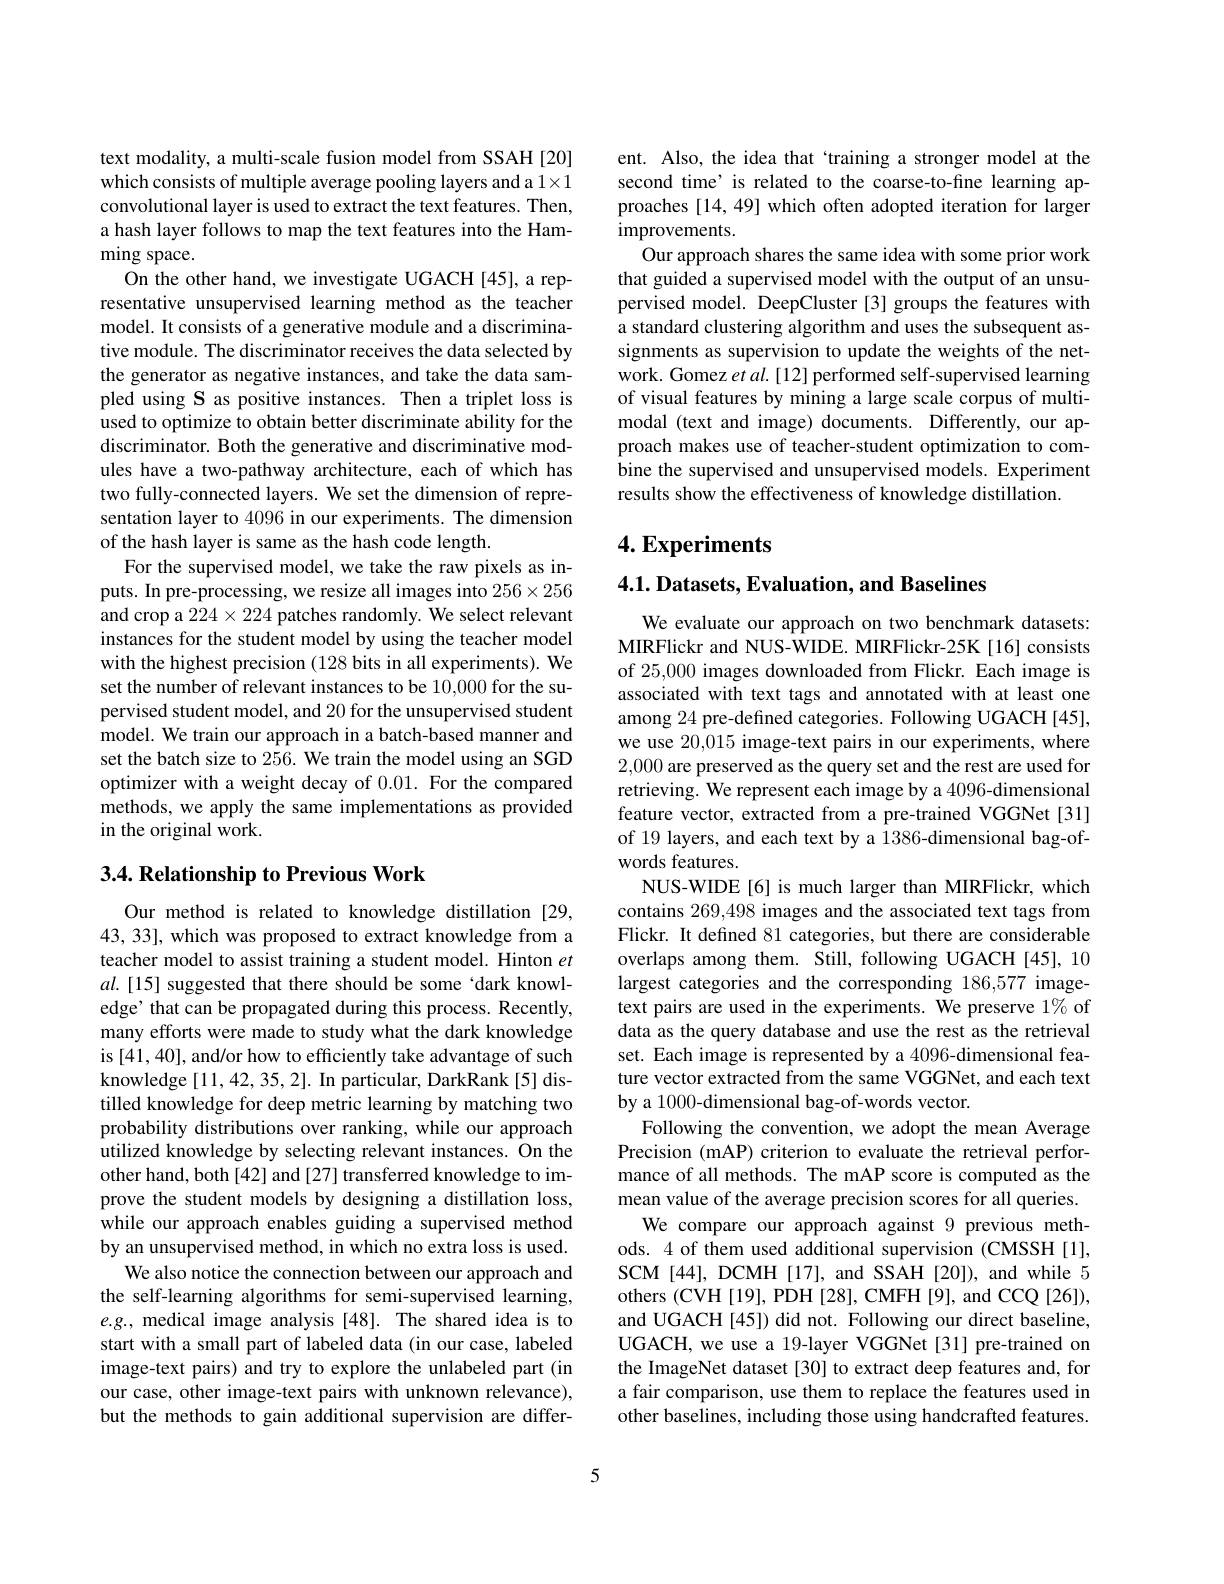
text modality, a multi-scale fusion model from SSAH[20] which consists of multiple average pooling layers and a 1×1 convolutional layer is used to extract the text features. Then, a hash layer follows to map the text features into the Hamming space.
On the other hand, we investigate UGACH [45], a representative unsupervised learning method as the teacher model. It consists of a generative module and a discriminative module. The discriminator receives the data selected by the generator as negative instances, and take the data sampled using S as positive instances. Then a triplet loss is used to optimize to obtain better discriminate ability for the discriminator. Both the generative and discriminative modules have a two-pathway architecture, each of which has two fully-connected layers. We set the dimension of representation layer to 4096 in our experiments. The dimension of the hash layer is same as the hash code length.
For the supervised model, we take the raw pixels as inputs. In pre-processing, we resize all images into $256\times256$ and crop a $224\times224$ patches randomly. We select relevant instances for the student model by using the teacher model with the highest precision (128 bits in all experiments). We set the number of relevant instances to be 10,000 for the supervised student model, and 20 for the unsupervised student model. We train our approach in a batch-based manner and set the batch size to 256. We train the model using an SGD optimizer with a weight decay of 0.01. For the compared methods, we apply the same implementations as provided in the original work.

## 3.4. Relationship to Previous Work

Our method is related to knowledge distillation [29, 43, 33], which was proposed to extract knowledge from a teacher model to assist training a student model. Hinton $et$ $al.[15]$ suggested that there should be some‘dark knowledge' that can be propagated during this process. Recently, many efforts were made to study what the dark knowledge is [41, 40], and/or how to efficiently take advantage of such knowledge[11,42,35,2]. In particular, DarkRank[5] distilled knowledge for deep metric learning by matching two probability distributions over ranking, while our approach utilized knowledge by selecting relevant instances. On the other hand, both [42] and [27] transferred knowledge to improve the student models by designing a distillation loss, while our approach enables guiding a supervised method by an unsupervised method, in which no extra loss is used.
We also notice the connection between our approach and the self-learning algorithms for semi-supervised learning, $e.g.$, medical image analysis[48]. The shared idea is to start with a small part of labeled data (in our case, labeled image-text pairs) and try to explore the unlabeled part (in our case, other image-text pairs with unknown relevance), but the methods to gain additional supervision are differ-

ent. Also, the idea that `training a stronger model at the second time’is related to the coarse-to-fine learning approaches [14, 49] which often adopted iteration for larger improvements.
Our approach shares the same idea with some prior work that guided a supervised model with the output of an unsupervised model. DeepCluster[3] groups the features with a standard clustering algorithm and uses the subsequent assignments as supervision to update the weights of the network. Gomez et al. [12] performed self-supervised learning of visual features by mining a large scale corpus of multimodal (text and image) documents. Differently, our approach makes use of teacher-student optimization to combine the supervised and unsupervised models. Experiment results show the effectiveness of knowledge distillation.

## $4. \textbf{Experiments}$

## 4.1. Datasets, Evaluation, and Baselines

We evaluate our approach on two benchmark datasets: MIRFlickr and NUS-WIDE. MIRFlickr-25K[16] consists of 25,000 images downloaded from Flickr. Each image is associated with text tags and annotated with at least one among 24 pre-defined categories. Following UGACH [45], we use 20,015 image-text pairs in our experiments, where 2,000 are preserved as the query set and the rest are used for retrieving. We represent each image by a 4096-dimensional feature vector, extracted from a pre-trained VGGNet[31] of 19 layers, and each text by a 1386-dimensional bag-ofwords features.
NUS-WIDE[6] is much larger than MIRFlickr, which contains 269,498 images and the associated text tags from Flickr. It defined 81 categories, but there are considerable overlaps among them. Still, following UGACH[45], 10 largest categories and the corresponding 186,577 imagetext pairs are used in the experiments. We preserve 1% of data as the query database and use the rest as the retrieval set. Each image is represented by a 4096-dimensional feature vector extracted from the same VGGNet, and each text by a 1000-dimensional bag-of-words vector.
Following the convention, we adopt the mean Average Precision (mAP) criterion to evaluate the retrieval performance of all methods. The mAP score is computed as the mean value of the average precision scores for all queries.
We compare our approach against 9 previous methods. 4 of them used additional supervision (CMSSH[1], SCM[44], DCMH[17], and SSAH[20]), and while 5 others (CVH[19], PDH[28], CMFH[9], and CCQ[26]), and UGACH [45]) did not. Following our direct baseline, UGACH, we use a 19-layer VGGNet [31] pre-trained on the ImageNet dataset [30] to extract deep features and, for a fair comparison, use them to replace the features used in other baselines, including those using handcrafted features.

5